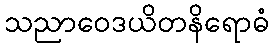
သညာဝေဒယိတနိရောဓံ